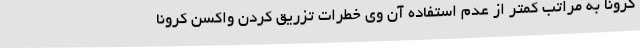
کرونا به مراتب کمتر از عدم استفاده آن وی خطرات تزریق کردن واکسن کرونا